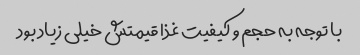
با توجه به حجم و کیفیت غذا قیمتش خیلی زیاد بود